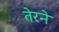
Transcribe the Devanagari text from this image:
तेरने